Report on horse surra - Volume I
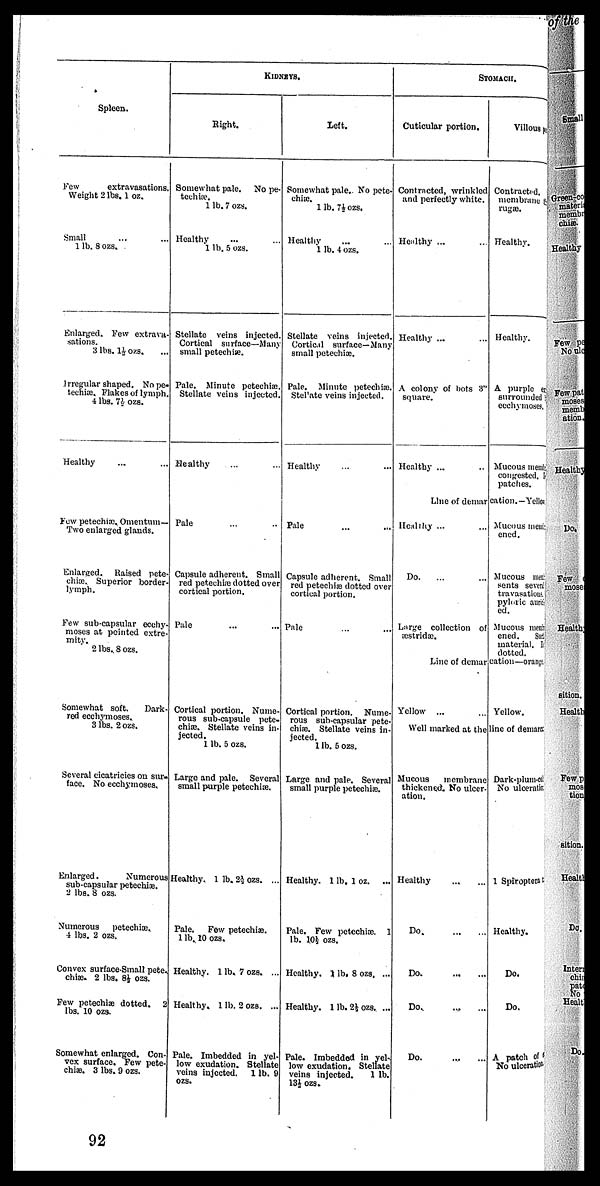
Spleen.
Few
extravasations.
Weight 2 lbs. 1 oz.
Small ... ...
1 lb.8 ozs.
Enlarged. Few extrava-
sations.
3 lbs. 1½ ozs.
Irregular shaped. No pe-
techiæ. Flakes of lymph.
4 lbs. 7½ ozs.
Healthy ... ...
Few petechiæ. Omentum—
Two enlarged glands.
Enlarged. Raised pete-
chiæ. Superior border-
lymph.
Few sub-capsular ecchy-
moses at pointed extre-
mity.
2 lbs.. 8 ozs.
Somewhat soft.
Dark-
red ecchymoses..
3 lbs. 2 ozs.
Several cicatricies on sur-
face. No ecchymoses.
Enlarged.
Numerous
sub-capsular petechiæ.
2 lbs. 8 ozs.
Numerous
petechiæ.
4 lbs. 2 ozs.
Convex surface-Small pete
chiæ. 2 lbs. 8½ ozs.
Few petechiæ dotted. 2
lbs. 10 ozs.
Somewhat enlarged. Con-
vex surface. Few pete-
chiæ. 3 lbs. 9 ozs.
KIDNEYS.
Right.
Somewhat pale. No pe-
techiæ.
1 lb. 7 ozs.
Healthy ... ...
1 lb. 5 ozs.
Stellate veins injected.
Cortical surface—Many
small petechiæ.
Pale. Minute petechiæ.
Stellate veins injected.
Healthy ... ...
Pale ... ...
Capsule adherent. Small
red petechias dotted over
cortical portion.
Pale ... ...
Cortical portion. Nume-
rous sub-capsule pete-
chise. Stellate veins in-
jected.
1 lb. 5 ozs.
Largo and pale. Several
small purple petechiæ.
Healthy. 1 lb. 2½ ozs. ..
Pale. Few petechiæ.
1 lb. 10 ozs.
Healthy. 1 lb, 7 ozs. ..
3 Healthy. 1 lb. 2 ozs. ..
Pale. Imbedded in yel-
low exudation. Stellate
veins injected, 1 Ib.9
13½ ozs.
Left.
Somewhat pale.. No pete-
chiæ.
1 lb. 7½ozs.
Healthy ... ...
1 lb.4 ozs.
Stellate veins injected.
Cortical surface—Many
small petechiæ.
Pale. Minute petechiæ.
Stellate veins injected.
Healthy ... ...
Pale ... ...
Capsule adherent. Small
red petechiæ dotted over
cortical portion.
Pale ... ...
Cortical portion. Nume-
rous sub-capsular pete-
chiæ. Stellate veins in-
jected.
1 lb. 5 ozs.
Large and pale. Several
small purple petechiæ.
Healthy. 1 lb. 1 oz. ..
Pale. Few petechiæ. 1
lb. 10½- ozs.
. Healthy. 1 lb. 8 ozs. ..
. Healthy. 1 lb. 2½ ozs, ..
Pale. Imbedded in yel-
low exudation. Stellate
veins injected.
1 lb
13½ ozs.
STOMACH
Cuticular portion.
Contracted, wrinkled
and perfectly white.
Healthy ... ...
Healthy ... ...
A colony of bots 3"
square.
Healthy ... ...
Line of demar
Healthy ... ...
Do. ... ...
Large collection of
æstridæ.
Line of demar
Yellow ...
Well marked at the
Mucous
membrane
thickened. No ulcer-
ation.
Healthy ... ...
Do.
...
...
Do.
...
...
Do. ... ...
Do. ... ...
Villous pe
Contracted.
membrane p.
rugæ.
Healthy.
Healthy.
A purple er
surrounded
ecchymoses,
Mucous memle
congested.
patches.
cation.—Yellow
Mucous memle
ened.
Mucous memle
sents several
travasations;,
pyloric auric
ed.
Mucous memle
ened. Sui
material. E
dotted.
cation—orange,
Yellow,
line of demartt
Dark-plum-co
No ulceratie
1 Spiroptem
Healthy.
Do.
Do.
A patch of
No ulceration
92